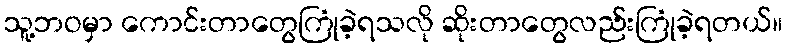
သူ့ဘဝမှာ ကောင်းတာတွေကြုံခဲ့ရသလို ဆိုးတာတွေလည်းကြုံခဲ့ရတယ်။